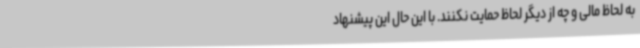
به لحاظ مالی و چه از دیگر لحاظ حمایت نکنند. با این حال این پیشنهاد